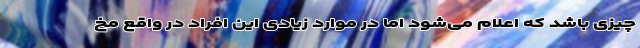
چیزی باشد که اعلام می‌شود اما در موارد زیادی این افراد در واقع مخ